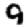
Digit: 9